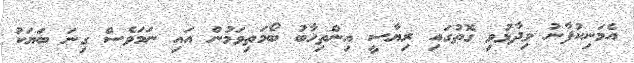
އެމަނިކުފާނު ވިދާޅުވި ގޮތުގައި ރިޔާސީ އިންތިހާބު ބޯމަތިވަމުން އައި ނަމަވެސް ގިނަ ބަޔަކު